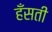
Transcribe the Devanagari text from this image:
हँसती